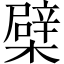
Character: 檗